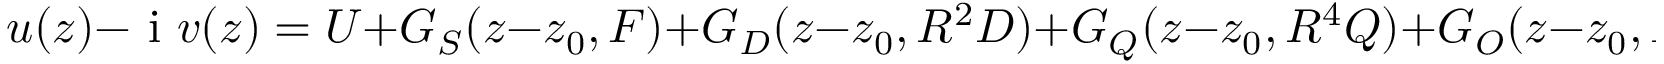
u ( z ) - \mathrm { ~ i ~ } v ( z ) = U + G _ { S } ( z - z _ { 0 } , F ) + G _ { D } ( z - z _ { 0 } , R ^ { 2 } D ) + G _ { Q } ( z - z _ { 0 } , R ^ { 4 } Q ) + G _ { O } ( z - z _ { 0 } , R ^ { 6 } O ) + \dots